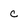
Character: c